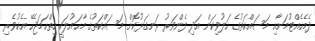
ދެމެހެއްޓުމަށާއި މަސައްކަތުގެ ހަލުވިކަން އަދި ފެންވަރު ރަނގަޅުކޮށް މަސައްކަތުގެ މާޙައުލަކީ ހިތްހަމަޖެހޭ އެކުވެރި